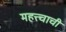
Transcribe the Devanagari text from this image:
महत्त्चाची